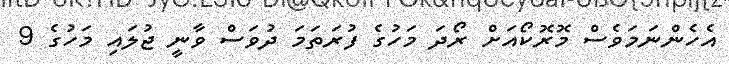
އެހެންނަމަވެސް މޮރޮކޯއަށް ރޯދަ މަހުގެ ފުރަތަމަ ދުވަސް ވާނީ ޖުލައި މަހުގެ 9